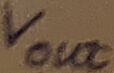
Text: Vout